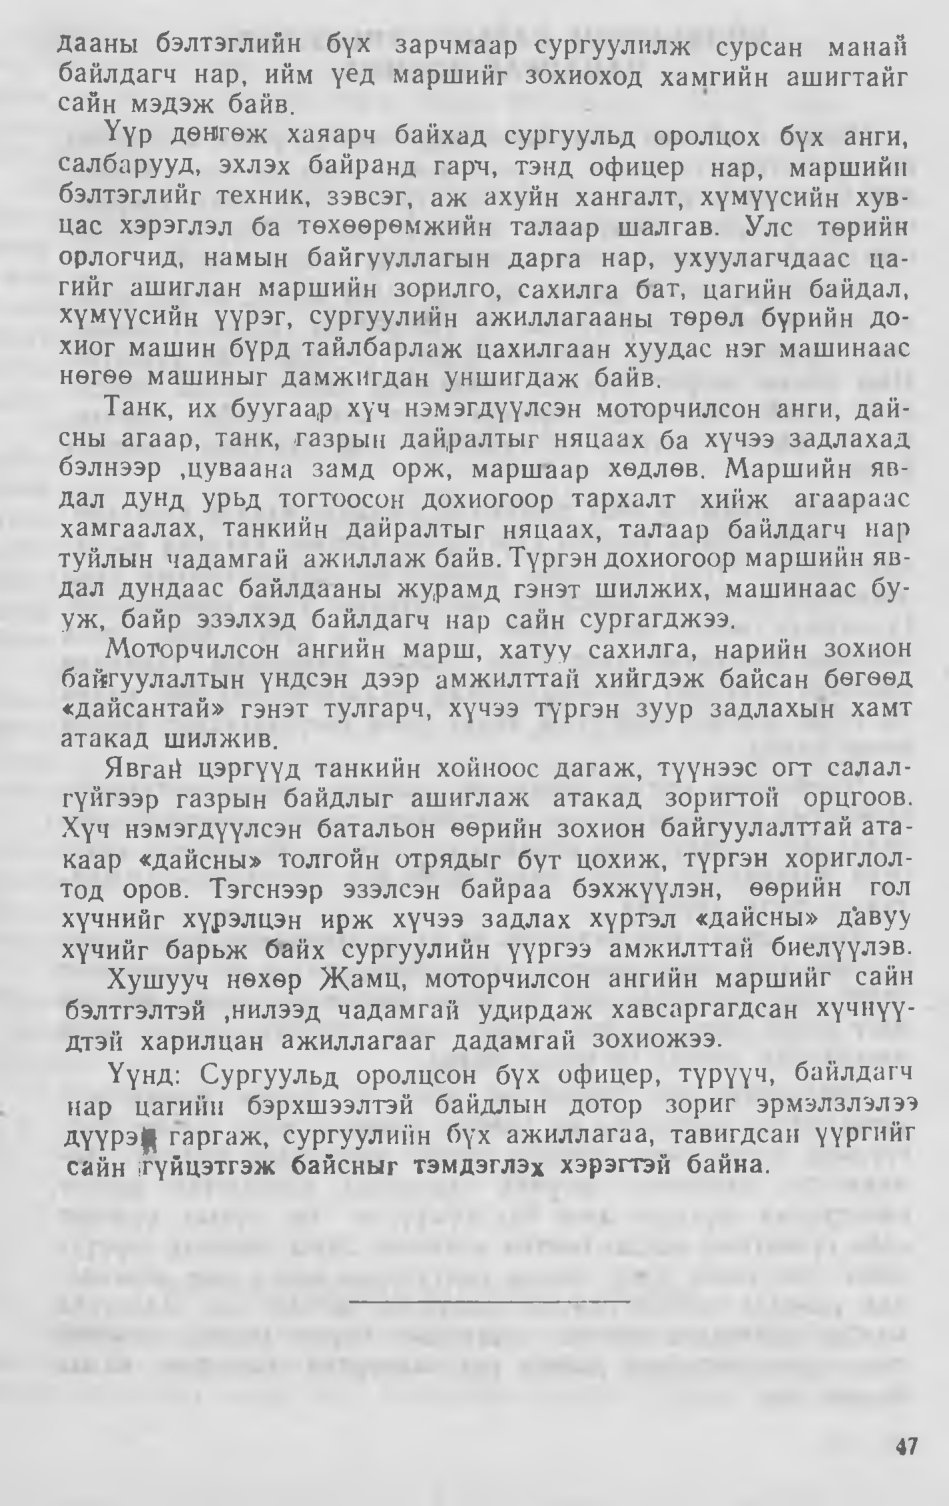
Language: mn